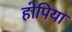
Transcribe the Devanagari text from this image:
होपिया